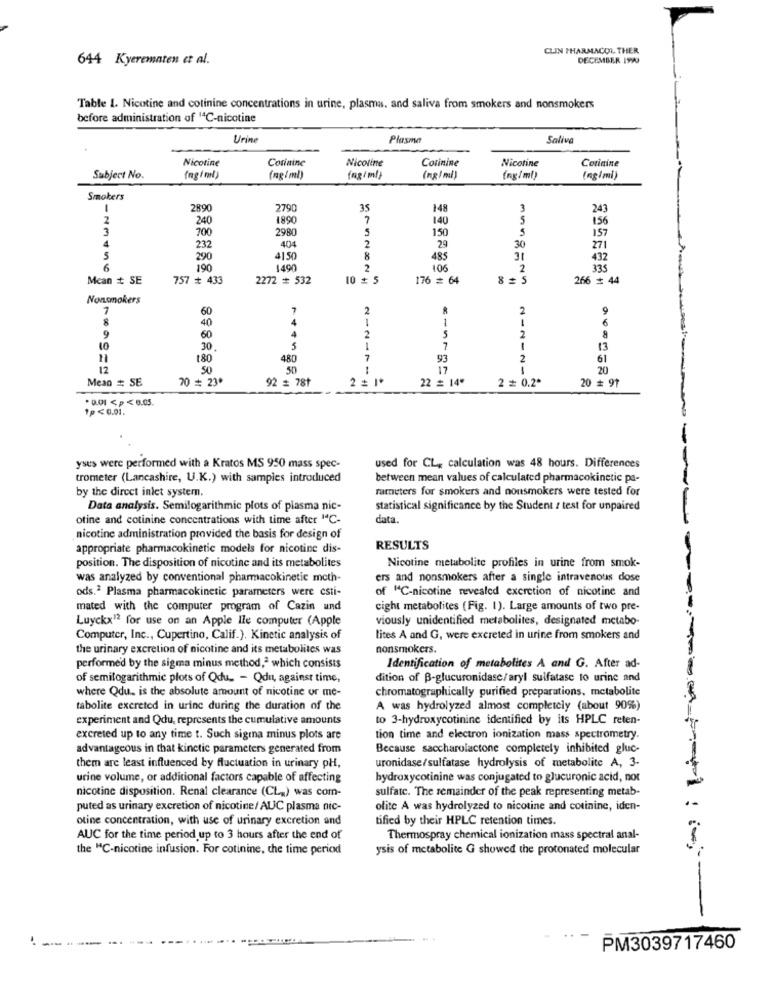
CLIN PHARMACOL THER
644 Kyerematen et al.
DECEMBER 199
Table 1. Nicotine and cotinine concentrations in urine, plasma, and saliva from smokers and nonsmokers
before administration of "ªC-nicotine
Urine
Plasma
Saliva
Cosinine
Nicoline
Corinine
Nicotine
Nicotine
Corinine
Subject No.
(ng/ml)
(ng/ml)
fng/ml}
(ng/ml)
(ng/ml)
(ng/ml)
Smokers
1
289
2790
35
148
3
243
2
240
1890
7
140
5
156
3
700
2980
5
150
5
157
4
404
232
2
29
30
271
5
290
$150
8
485
31
432
6
190
1490
2
106
2
335
Mcan # SE
757 + 433
2272 # 532
10 + 5
176 = 64
8 #5
266 # 44
Nonsmokers
7
7
2
2
9
8
60
4
1
1
1
6
40
4
2
9
60
2
5
10
5
1
7
1
13
180
480
7
93
2
61
12
50
50
1
17
1
20
Mean # SE
70 # 23*
92 = 78+
2 =
22 = 14"
20 = 91
2 = 0.2*
*0.01<P< 0.05.
1p<0.01.
yses were performed with a Kratos MS 950 mass spec-
used for CL, calculation was 48 hours. Differences
trometer (Lancashire, U.K.) with samples introduced
between mean values of calculated pharmacokinetic pa-
by the dircet inlet system.
rameters for smokers and nonsmokers were tested for
Data analysis. Semilogarithmic plots of plasma nic-
statistical significance by the Student z test for unpaired
otine and cotinine concentrations with time after "C-
data.
nicotine administration provided the basis for design of
appropriate pharmacokinetic models for nicotine dis-
RESULTS
position. The disposition of nicotine and its metabolites
Nicotine metabolite profiles in urine from smok-
was analyzed by conventional pharmacokinetic moth-
ers and nonsmokers after a single intravenous dose
ods.2 Plasma pharmacokinetic parameters were esti-
of "C-nicotine revealed excretion of nicotine and
mated with the computer program of Cazin und
cight metabolites (Fig. 1). Large amounts of two pre-
Luyckx12 for use on an Apple Ile computer (Apple
viously unidentified metabolites, designated metabo-
Computer, Inc ., Cupertino, Calif.). Kinetic analysis of
lites A and G, were excreted in urine from smokers and
the urinary excretion of nicotine and its metabolites was
nonsmokers.
performed by the sigma minus method," which consists
Identification of metabolites A and G. After ad-
of semilogarithmic plots of Qdu_ - Qdu, against time,
dition of B-glucuronidase/aryl sulfatase to urine and
chromatographically purified preparations, metabolite
where Qdu. is the absolute amount of nicotine or me-
tabolite excreted in urine during the duration of the
A was hydrolyzed almost completely (about 90%)
experiment and Qdu, represents the cumulative amounts
to 3-hydroxycotinine identified by its HPLC reten-
excreted up to any time t. Such sigma minus plots are
tion time and electron ionization mass spectrometry.
advantageous in that kinctic parameters generated from
Because saccharolactone completely inhibited gluc-
them are least influenced by fluctuation in urinary pH,
uronidase/sulfatase hydrolysis of metabolite A, 3-
urine volume, or additional factors capable of affecting
hydroxycotinine was conjugated to glucuronic acid, not
nicotine disposition. Renal clearance (CL,) was com-
sulfate. The remainder of the peak representing metab-
puted as urinary excretion of nicotine/ AUC plasma nic-
olite A was hydrolyzed to nicotine and cotinine, iden-
otine concentration, with use of urinary excretion and
tified by their HPLC retention times.
AUC for the time period up to 3 hours after the end of
Thermospray chemical ionization mass spectral anal-
the "C-nicotine infusion. For cotinine, the time period
ysis of metabolite G showed the protonated molecular
PM3039717460